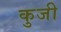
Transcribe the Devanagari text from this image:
कुजी